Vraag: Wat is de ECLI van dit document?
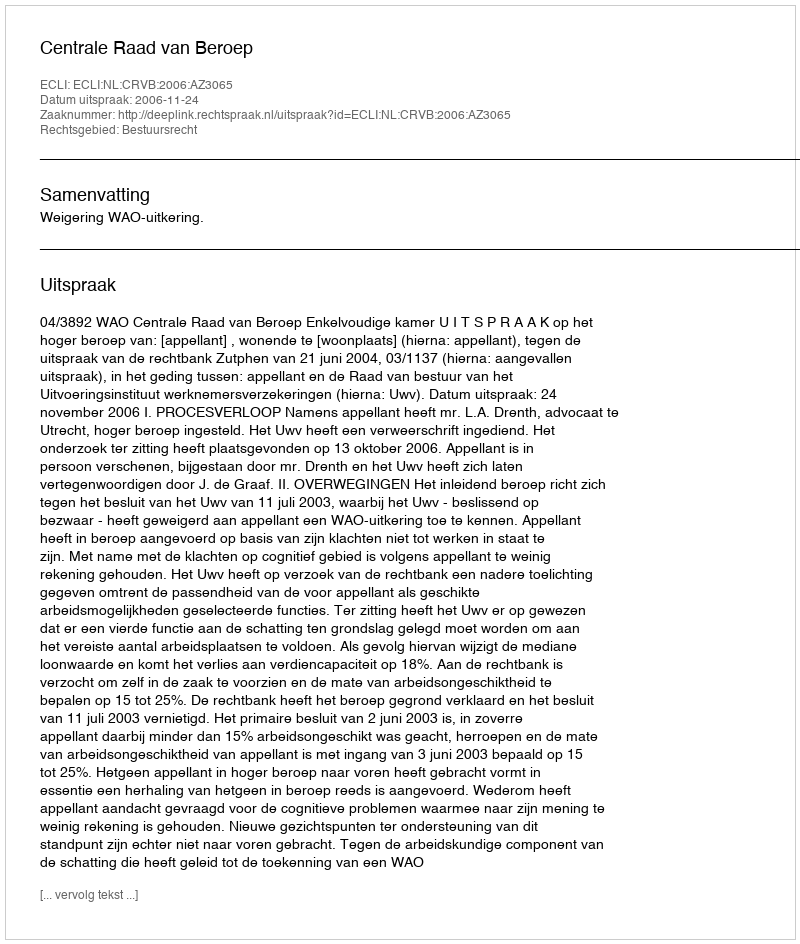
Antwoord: ECLI:NL:CRVB:2006:AZ3065